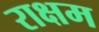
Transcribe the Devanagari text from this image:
राक्षम